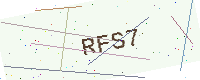
Text: RFS7